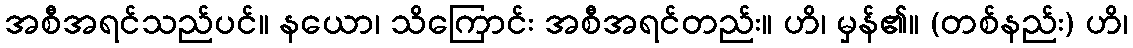
အစီအရင်သည်ပင်။ နယော၊ သိကြောင်း အစီအရင်တည်း။ ဟိ၊ မှန်၏။ (တစ်နည်း) ဟိ၊